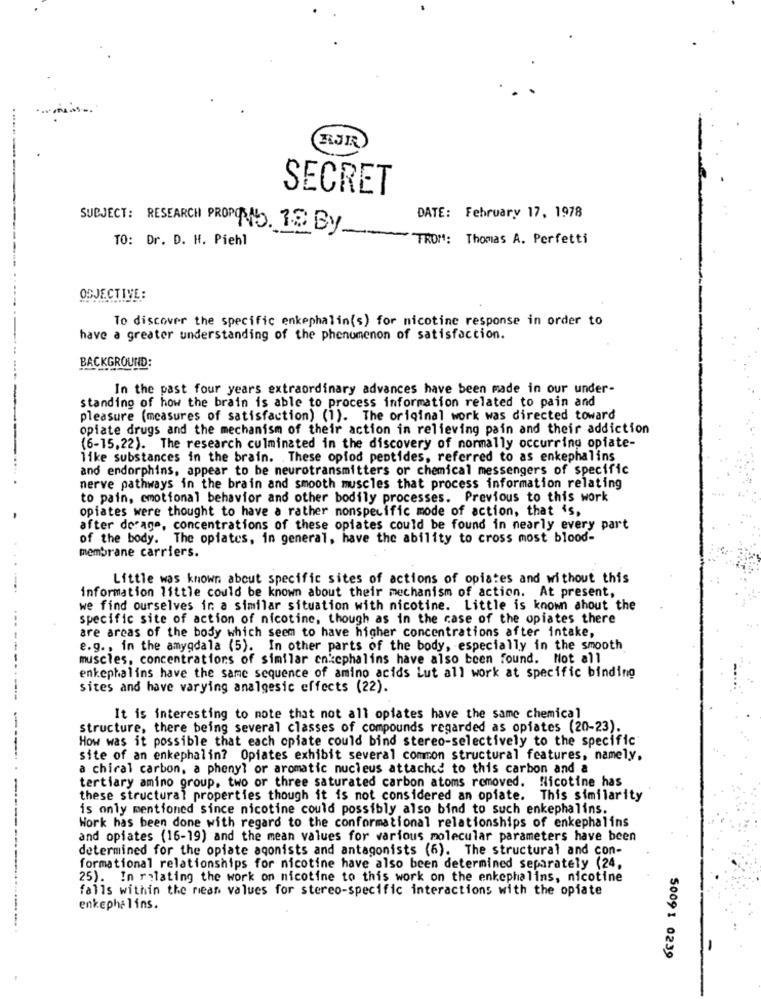
BJR
SECRET
DATE: February 17, 1978
SUBJECT: RESEARCH PROPO NO. 32 By
TO: Dr. D. H. Piehl
FROM: Thomas A. Perfetti
OBJECTIVE:
To discover the specific enkephalin(s) for nicotine response in order to
have a greater understanding of the phenomenon of satisfaction.
BACKGROUND:
In the past four years extraordinary advances have been made in our under-
standing of how the brain is able to process information related to pain and
pleasure (measures of satisfaction) (1). The original work was directed toward
opiate drugs and the mechanism of their action in relieving pain and their addiction
(6-15,22). The research culminated in the discovery of normally occurring opiate-
like substances in the brain. These oplod peptides, referred to as enkephalins
and endorphins, appear to be neurotransmitters or chemical messengers of specific
nerve pathways in the brain and smooth muscles that process information relating
to pain, emotional behavior and other bodily processes. Previous to this work
opiates were thought to have a rather nonspecific mode of action, that is,
after dorage, concentrations of these opiates could be found in nearly every part
of the body. The opiates, in general, have the ability to cross most blood-
membrane carriers.
Little was known about specific sites of actions of opiates and without this
information little could be known about their mechanism of action. At present,
we find ourselves ir a similar situation with nicotine. Little is known ahout the
---
specific site of action of nicotine, though as in the case of the opiates there
are areas of the body which seem to have higher concentrations after intake,
e.g ., in the amygdala (5). In other parts of the body, especially in the smooth
muscles, concentrations of similar enzephalins have also been found. Not all
enkephalins have the same sequence of amino acids Lut all work at specific binding
sites and have varying analgesic effects (22).
-
It is interesting to note that not all opiates have the same chemical
structure, there being several classes of compounds regarded as opiates (20-23).
How was it possible that each opiate could bind stereo-selectively to the specific
site of an enkephalin? Opiates exhibit several common structural features, namely,
a chical carbon, a phenyl or aromatic nucleus attached to this carbon and a
tertiary amino group, two or three saturated carbon atoms removed. Nicotine has
these structural properties though it is not considered an opiate. This similarity
is only mentioned since nicotine could possibly also bind to such enkephalins.
Work has been done with regard to the conformational relationships of enkephalins
and opiates (16-19) and the mean values for various molecular parameters have been
determined for the opiate agonists and antagonists (6). The structural and con-
formational relationships for nicotine have also been determined separately (24,
25). In relating the work on nicotine to this work on the enkephalins, nicotine
falls within the mean values for stereo-specific interactions with the opiate
enkephalins.
5009 1 0239